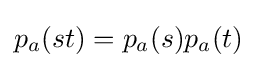
p_{a}(st)=p_{a}(s)p_{a}(t)